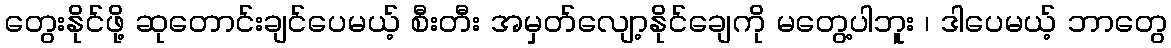
တွေးနိုင်ဖို့ ဆုတောင်းချင်ပေမယ့် စီးတီး အမှတ်လျော့နိုင်ချေကို မတွေ့ပါဘူး ၊ ဒါပေမယ့် ဘာတွေ